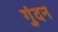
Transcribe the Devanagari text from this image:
गुंदन